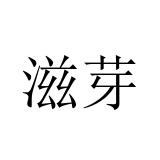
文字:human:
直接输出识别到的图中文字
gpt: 滋芽